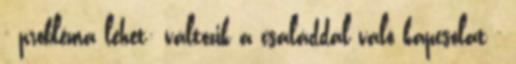
- probléma lehet: változik a családdal való kapcsolat -